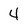
Character: 4